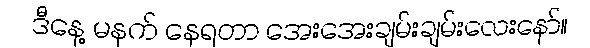
ဒီနေ့ မနက် နေရတာ အေးအေးချမ်းချမ်းလေးနော်။